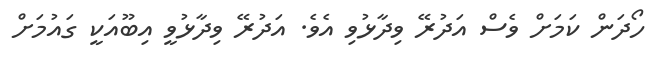
ހޯދަން ކަމަށް ވެސް އަދުރޭ ވިދާޅުވި އެވެ. އަދުރޭ ވިދާޅުވީ އިބޫއަކީ ގައުމަށް